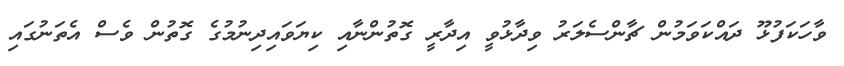
ވާހަކަފުޅޫ ދައްކަވަމުން ޗާންސެލަރު ވިދާޅުވީ އިދާރީ ގޮތުންނާއި ކިޔަވައިދިނުމުގެ ގޮތުން ވެސް އެތަނުގައި